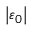
\left\vert \varepsilon _ { 0 } \right\vert